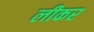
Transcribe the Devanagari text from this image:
लीकर